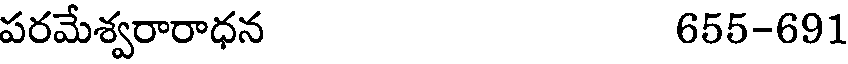
పరమేశ్వరారాధన 655-691